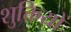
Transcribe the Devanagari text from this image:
शुक्तियों